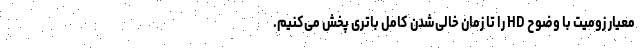
معیار زومیت با وضوح HD را تا زمان خالی‌شدن کامل باتری پخش می‌کنیم.